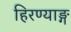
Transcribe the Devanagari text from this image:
हिरण्याङ्ग